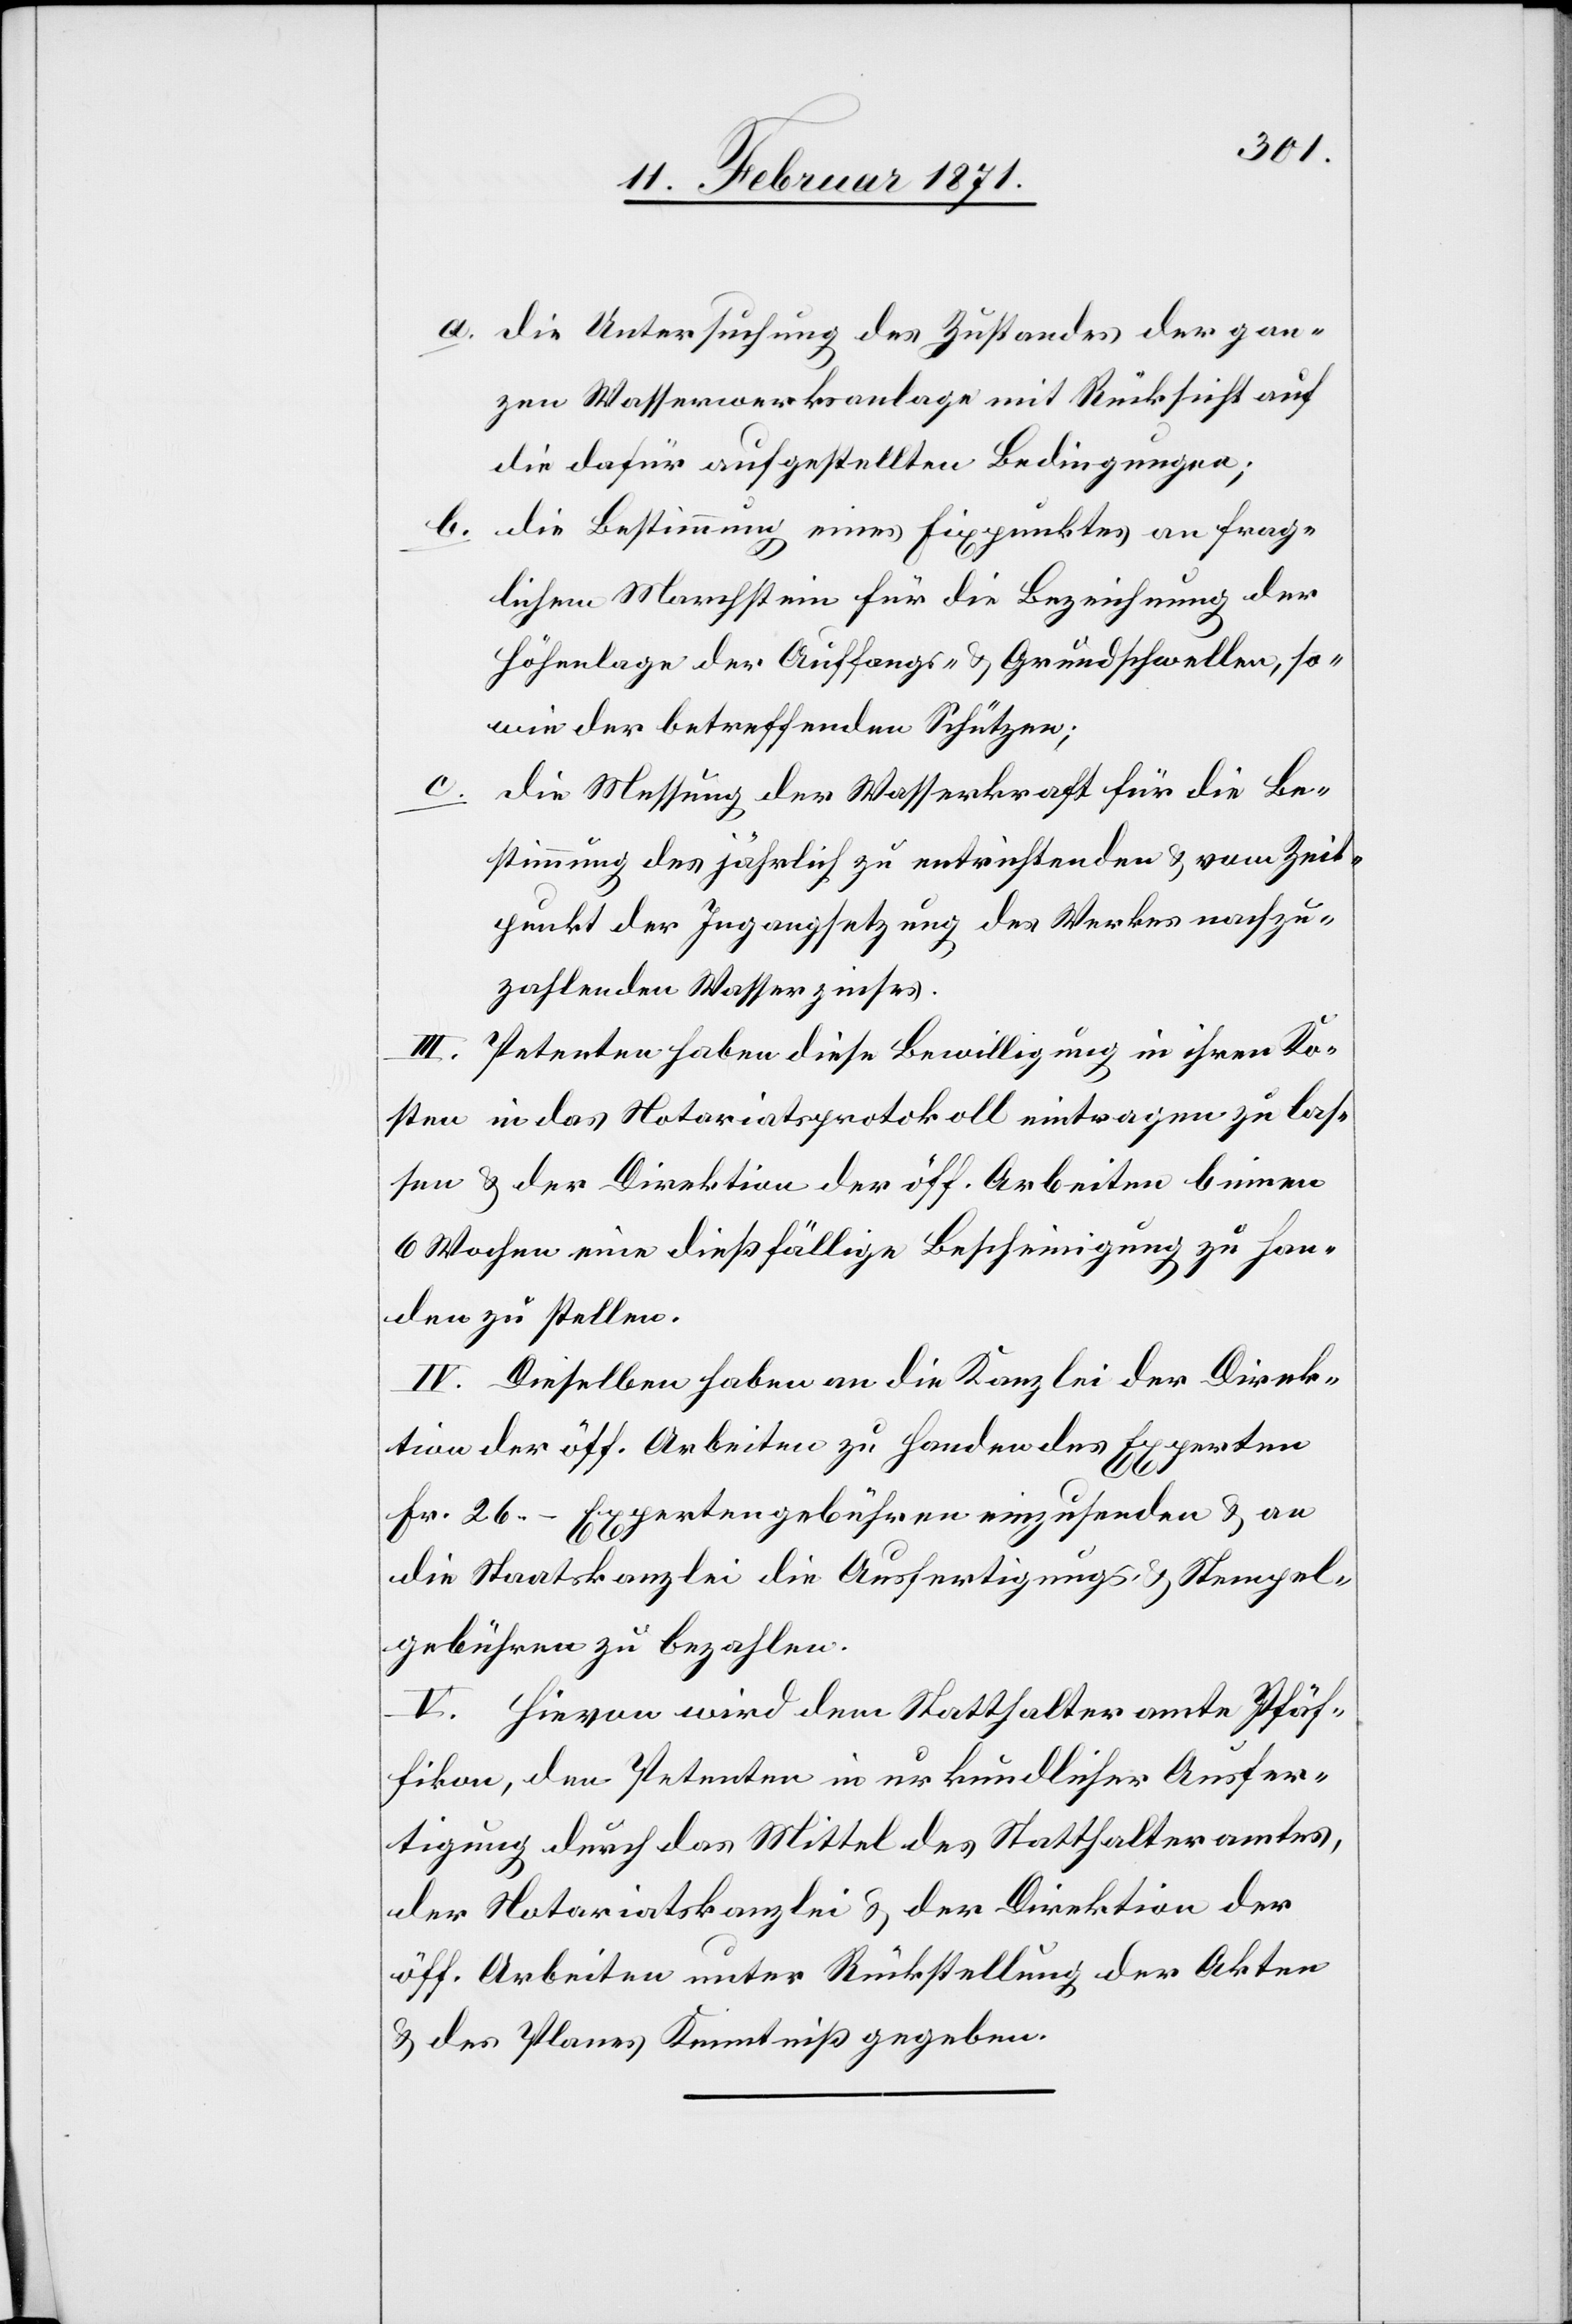
a.
die Untersuchung des Zustandes der gan¬
zen Wasserwerksanlage mit Rücksicht auf
die dafür aufgestellten Bedingungen;
die Bestimmung eines Fixpunktes an frag¬
lichem Marchstein für die Bezeichnung der
Höhenlage der Auffangs- u. Grundschwellen, so¬
wie der betreffenden Schützen;
c.
die Messung der Wasserkraft für die Be¬
stimmung des jährlich zu entrichtenden u. vom Zeit¬
punkt der Ingangsetzung des Werkes nachzu¬
zahlenden Wasserzinses.
III. Petenten haben diese Bewilligung in ihren Ko¬
sten in das Notariatsprotokoll eintragen zu las¬
sen u. der Direktion der öff. Arbeiten binnen
6 Wochen eine dießfällige Bescheinigung zu Han¬
den zu stellen.
IV. Dieselben haben an die Kanzlei der Direk¬
tion der öff. Arbeiten zu Handen des Experten
Fr. 26.– Expertengebühren einzusenden u. an
die Staatskanzlei die Ausfertigungs- u. Stempel¬
gebühren zu bezahlen.
V. Hievon wird dem Statthalteramte Pfäf¬
fikon, den Petenten in urkundlicher Ausfer¬
tigung durch das Mittel des Statthalteramtes,
der Notariatskanzlei u. der Direktion der
öff. Arbeiten unter Rückstellung der Akten
u. des Planes Kenntniß gegeben.